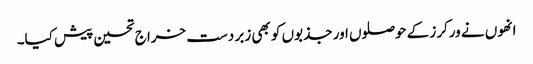
انھوں نے ورکرز کے حوصلوں اور جذبوں کو بھی زبر دست خراج تحسین پیش کیا۔